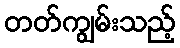
တတ်ကျွမ်းသည့်